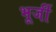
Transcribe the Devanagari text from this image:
भूर्जी